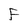
Character: F